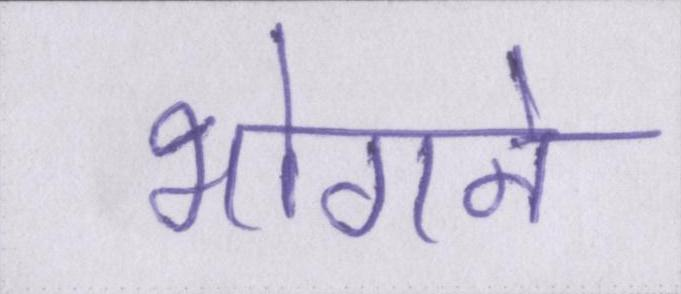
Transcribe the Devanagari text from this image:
भोगने